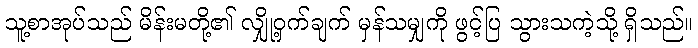
သူ့စာအုပ်သည် မိန်းမတို့၏ လျှို့ဝှက်ချက် မှန်သမျှကို ဖွင့်ပြ သွားသကဲ့သို့ ရှိသည်။